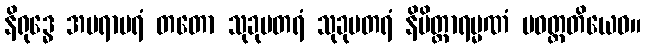
နိရုဒ္ဓေ အပရာပရံ တတော သုခုမတရံ သုခုမတရံ နိမိတ္တာရမ္မဏံ ပဝတ္တတိယေဝ။